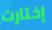
إختارت